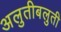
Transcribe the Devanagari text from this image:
अलुतीबलुती